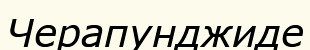
Черапунджиде